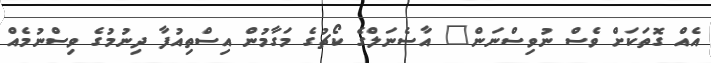
އެއް ގޮތަކަށް ވެސް ނުވިސްނަން" އާސެނަލްގެ ކޯޗުގެ މަގާމުން އިސްތިއުފާ ދިނުމުގެ ވިސްނުމެއް